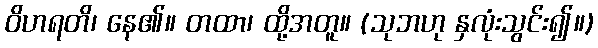
ဝိဟရတိ၊ နေ၏။ တထာ၊ ထို့အတူ။ (သုဘဟု နှလုံးသွင်း၍။)